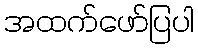
အထက်ဖော်ပြပါ